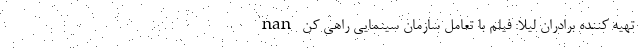
nan تهیه کننده برادران لیلا: فیلم با تعامل سازمان سینمایی راهی کن